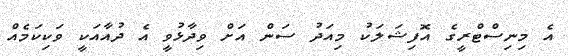
އެ މިނިސްޓްރީގެ އޮފިޝަލަކު މިއަދު ސަން އަށް ވިދާޅުވީ އެ ދުއާއަކީ ވަކިކަމެއް